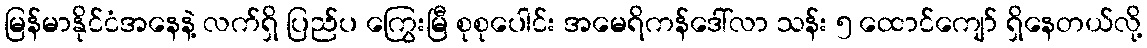
မြန်မာနိုင်ငံအနေနဲ့ လက်ရှိ ပြည်ပ ကြွေးမြီ စုစုပေါင်း အမေရိကန်ဒေါ်လာ သန်း ၅ ထောင်ကျော် ရှိနေတယ်လို့